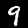
Label: 9